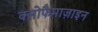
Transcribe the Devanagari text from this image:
क्लोफैमाज़ाइन